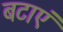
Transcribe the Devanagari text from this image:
बटाएं